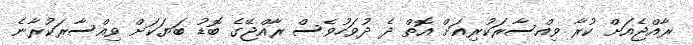
ރާއްޖެއަށް ކުރާ ވިއްސާރަކުރިއަށް އޮތް ދެ ދުވަހުވެސް ރާއްޖޭގެ ބޮޑު ބަޔަކަށް ވިއްސާރަކުރާނެ